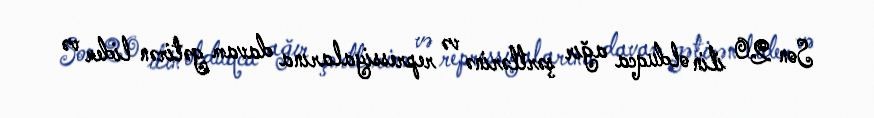
Son 20 ilin olduqca ağır şərtlərinə və repressiyalarına davam gətirən lider və